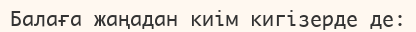
Балаға жаңадан киiм кигiзерде де: